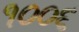
૧૦૦૬